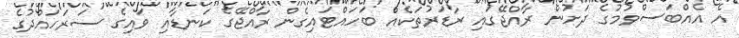
އެ އެއްބަސްވުމުގެ ދަށުން ރާއްޖޭގައި ރާޑަރުތަކެއް ބަހައްޓައިގެން ރާއްޖޭގެ ކަނޑާއި ވައިގެ ސަރަހައްދުގެ